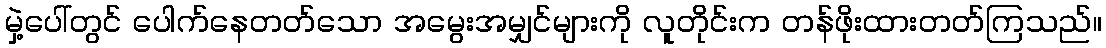
မှဲ့ပေါ်တွင် ပေါက်နေတတ်သော အမွေးအမျှင်များကို လူတိုင်းက တန်ဖိုးထားတတ်ကြသည်။